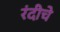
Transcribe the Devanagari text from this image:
रंदीचे